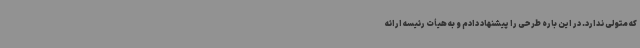
که متولی ندارد. در این باره طرحی را پیشنهاد دادم و به هیأت رئیسه ارائه